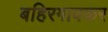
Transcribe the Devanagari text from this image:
बहिरगावकर